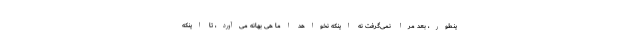
ینطور، بعد مرا نمی‌گرفت نه اینکه نخواهد اما هی بهانه می‌آورد، تا اینکه